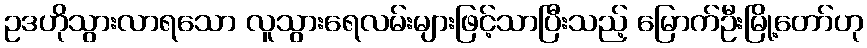
ဥဒဟိုသွားလာရသော လူသွားရေလမ်းများဖြင့်သာပြီးသည့် မြောက်ဦးမြို့တော်ဟု